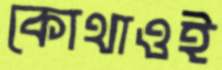
কোথাওই